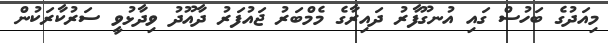
މިއަދުގެ ބަހުސް ގައި އުނގޫފާރު ދައިރާގެ މެމްބަރު ޖައުފަރު ދާއޫދު ވިދާޅުވީ ސަރުކާރަކުން